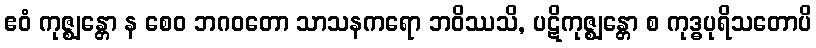
ဧဝံ ကုဇ္ဈန္တော န စေဝ ဘဂဝတော သာသနကရော ဘဝိဿသိ, ပဋိကုဇ္ဈန္တော စ ကုဒ္ဓပုရိသတောပိ